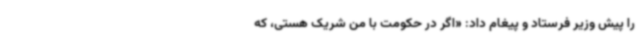
را پیش وزیر فرستاد و پیغام داد: «اگر در حکومت با من شریک هستی، که